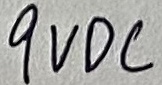
Text: 9VDC